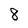
Character: 8